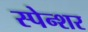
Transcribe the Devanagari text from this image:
स्पेन्शर